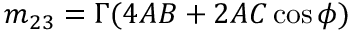
m _ { 2 3 } = \Gamma ( 4 A B + 2 A C \cos \phi )